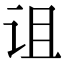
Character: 诅